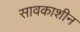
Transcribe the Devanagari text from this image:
सावकाशीन